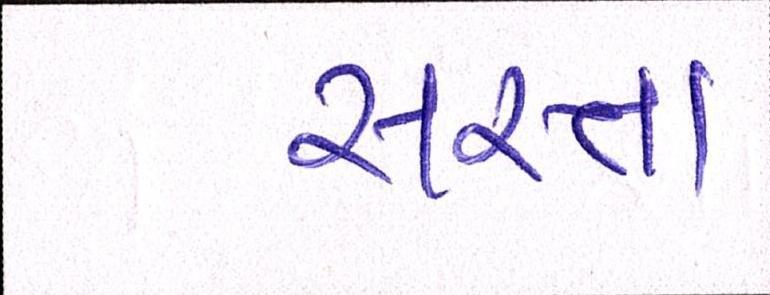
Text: સસ્તા